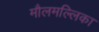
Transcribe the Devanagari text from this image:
मौलमल्लिका